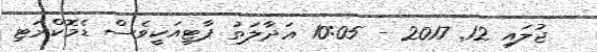
ޖުލައި 12